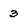
Character: 3